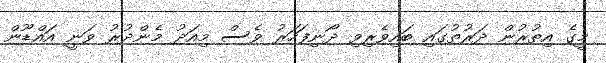
މީގެ އިތުރުން ދަރުތުގައި ބައިވެރިވި ދޯނިފަހަރު ވެސް މިއަދު މެންދުރު ވަނީ އައްޑޫން